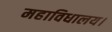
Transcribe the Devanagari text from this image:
महाविधालय।